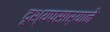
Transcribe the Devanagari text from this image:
दृश्यपसार्‍याने